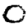
Digit: 0